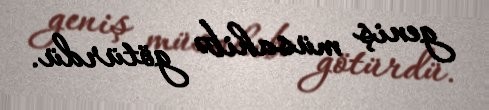
geniş müsahibə götürdü.